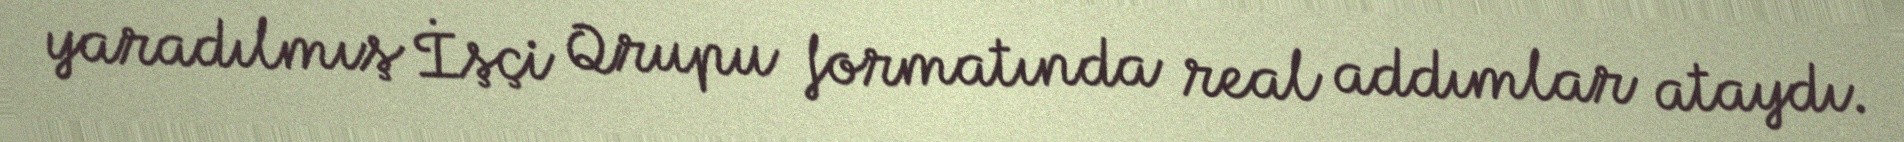
yaradılmış İşçi Qrupu formatında real addımlar ataydı.